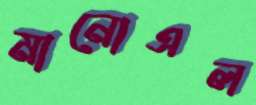
মানোএল